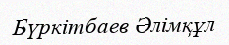
Бүркітбаев Әлімқұл